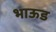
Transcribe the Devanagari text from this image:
भाऊड